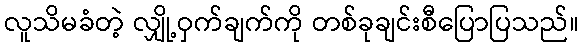
လူသိမခံတဲ့ လျှို့ဝှက်ချက်ကို တစ်ခုချင်းစီပြောပြသည်။